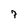
Character: 7